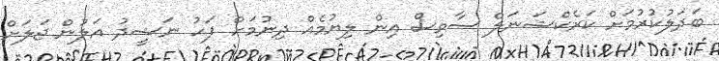
ބަދަލުކުރުމަށް ކަރެކްޝަނަލް ސާވިސް އިން ލިޔުމެއް ދިނުމަށް ފަހު ނަޝީދު އަލުން ޖަލަށް